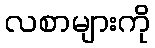
လစာများကို